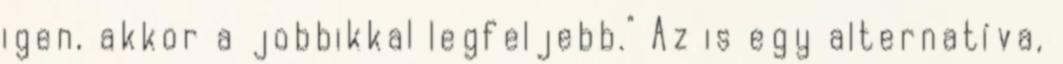
igen, akkor a jobbikkal legfeljebb." Az is egy alternatíva,